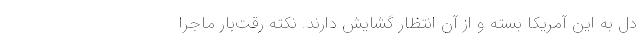
دل به این آمریکا بسته و از آن انتظار گشایش دارند. نکته رقت‌بار ماجرا